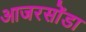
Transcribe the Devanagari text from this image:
आजरसोंडा